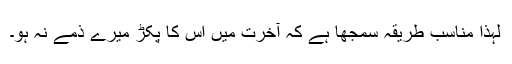
لہذا مناسب طریقہ سمجھا ہے کہ آخرت میں اس کا پکڑ میرے ذمے نہ ہو۔